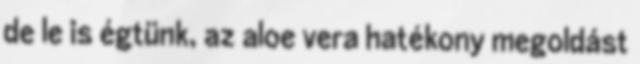
de le is égtünk, az aloe vera hatékony megoldást